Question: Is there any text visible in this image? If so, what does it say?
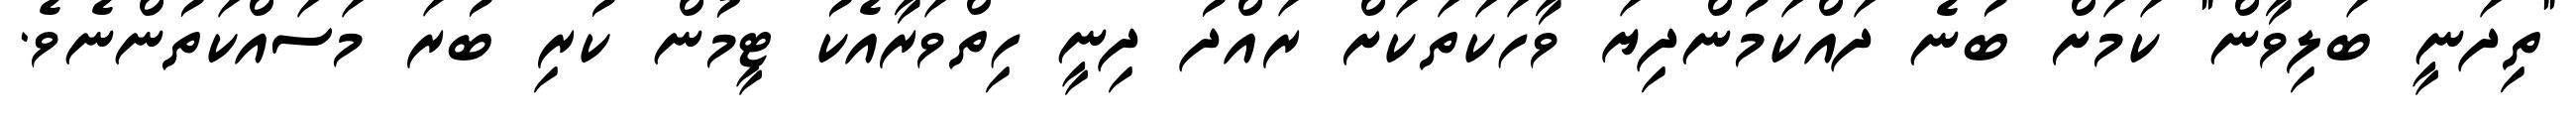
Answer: "ތިދަނީ ބަލިވާން" ކަމަށް ބުނެ ދައްކަމުންދިޔަ ވާހަކަތަކަށް ރައްދު ދިނީ ހިތްވަރާއެކު ޓީމުން ކުރި ބުރަ މަސައްކަތުންނެވެ.